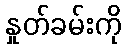
နှုတ်ခမ်းကို